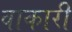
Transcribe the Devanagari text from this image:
वाकारी